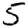
Digit: 5